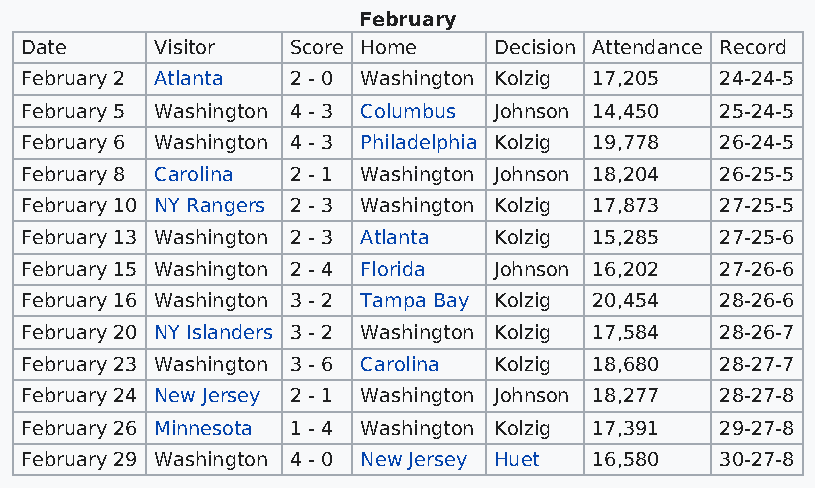
February
 Date     Visitor  Score Home    Decision Attendance Record
 February 2 Atlanta 2 - 0 Washington Kolzig 17,205 24-24-5
 February 5 Washington 4 - 3 Columbus Johnson 14,450 25-24-5
 February 6 Washington 4 - 3 Philadelphia Kolzig 19,778 26-24-5
 February 8 Carolina 2 - 1 Washington Johnson 18,204 26-25-5
 February 10 NY Rangers 2 - 3 Washington Kolzig 17,873 27-25-5
 February 13 Washington 2 - 3 Atlanta Kolzig 15,285 27-25-6
 February 15 Washington 2 - 4 Florida Johnson 16,202 27-26-6
 February 16 Washington 3 - 2 Tampa Bay Kolzig 20,454 28-26-6
 February 20 NY Islanders 3 - 2 Washington Kolzig 17,584 28-26-7
 February 23 Washington 3 - 6 Carolina Kolzig 18,680 28-27-7
 February 24 New Jersey 2 - 1 Washington Johnson 18,277 28-27-8
 February 26 Minnesota 1 - 4 Washington Kolzig 17,391 29-27-8
 February 29 Washington 4 - 0 New Jersey Huet 16,580 30-27-8